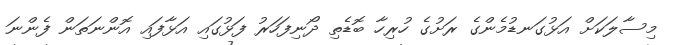
މިސާލަކަށް އަޅުގަނޑުމެންގެ ރަށުގެ ހުރިހާ ބޮޑެތި ދޯނިފަހަރު ފަޅުގައި އަޅާފައި އޮންނަތަން ފެންނަ